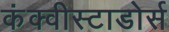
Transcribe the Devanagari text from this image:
कंक्वीस्टाडोर्स